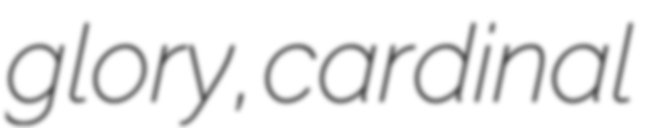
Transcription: glory, cardinal